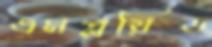
এমপ্লয়িড